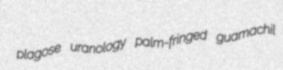
plagose uranology palm-fringed guamachil